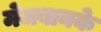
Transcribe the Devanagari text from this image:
मेजबानके